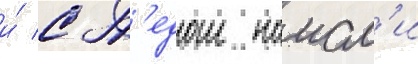
и́ с т'едом наисл'и